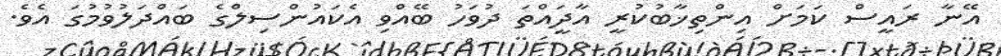
އޭނާ ރައީސް ކަމަށް އިންތިޚާބުކުރީ އާދީައްތަ ދުވަހު ބޭއްވި އެކައުންސިލްގެ ބައްދަލުވުމުގަ އެވެ.